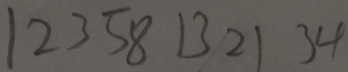
1 2 3 5 8 1 3 2 1 3 4